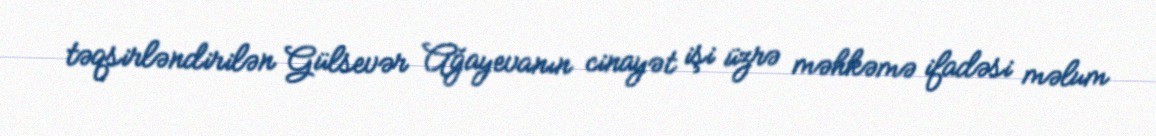
təqsirləndirilən Gülsevər Ağayevanın cinayət işi üzrə məhkəmə ifadəsi məlum